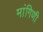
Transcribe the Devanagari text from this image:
मांगिणी